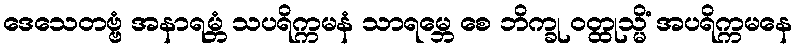
ဒေသေတဗ္ဗံ အနာရမ္ဘံ သပရိက္ကမနံ သာရမ္ဘေ စေ ဘိက္ခု ဝတ္ထုသ္မိံ အပရိက္ကမနေ